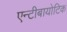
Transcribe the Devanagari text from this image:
एन्टीबायोटिक